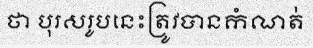
ថា បុរសរូបនេះត្រូវបានកំណត់